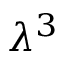
\lambda ^ { 3 }